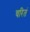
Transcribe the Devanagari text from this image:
चरितं